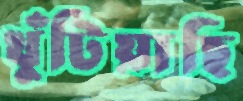
খুঁটিয়াছি